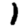
Digit: 1